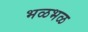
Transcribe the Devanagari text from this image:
भळभळ